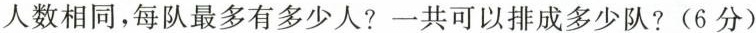
人数相同，每队最多有多少人?一共可以排成多少队?(6分)